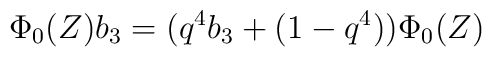
\Phi_{0} (Z)b_3 = (q^{4} b_3  + (1-q^{4}))\Phi_0(Z)